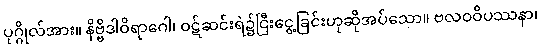
ပုဂ္ဂိုလ်အား။ နိဗ္ဗိဒါဝိရာဂေါ၊ ဝဋ်ဆင်းရဲ၌ငြီးငွေ့ခြင်းဟုဆိုအပ်သော။ ဗလဝဝိပဿနာ၊